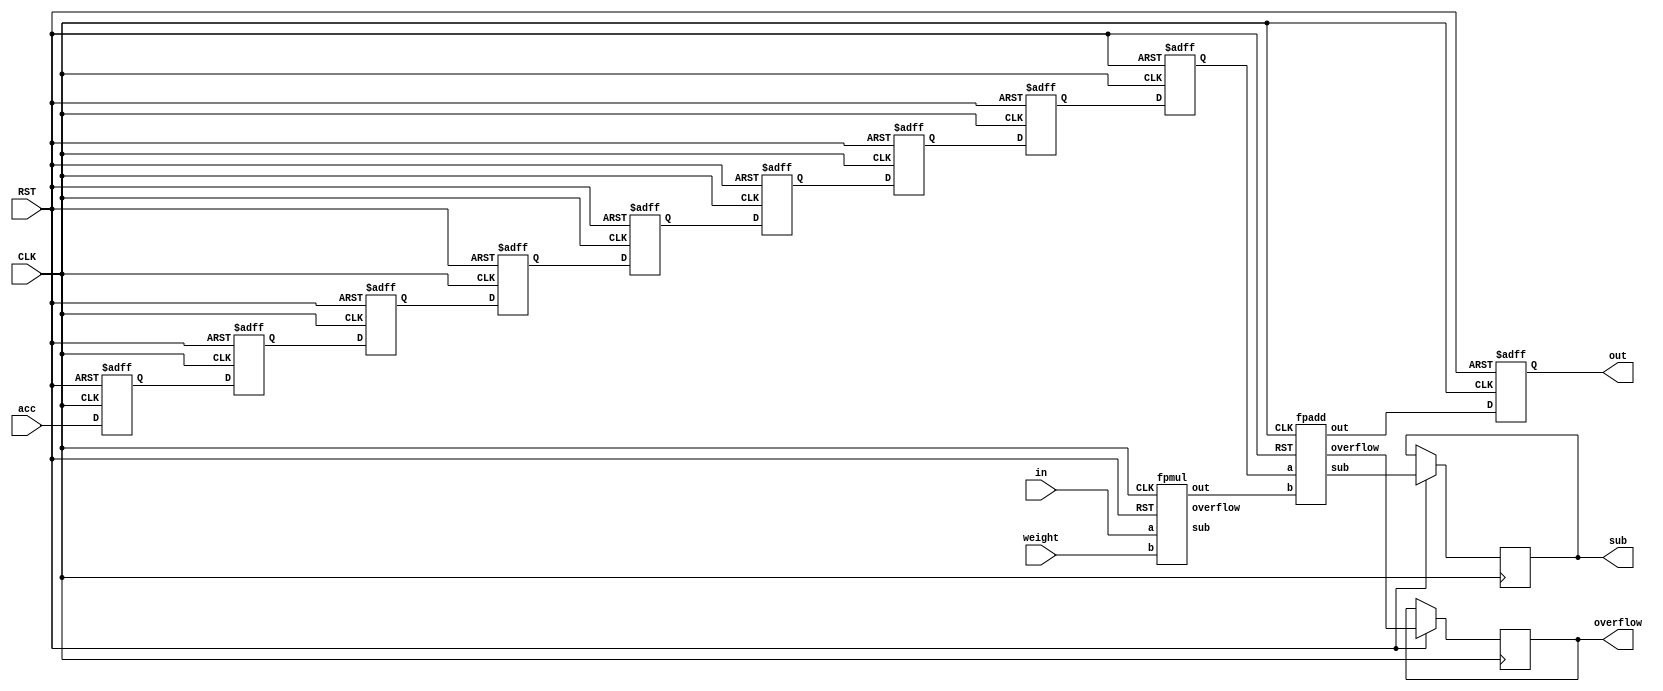
`timescale 1ns / 1ps

module fpmac(in, weight, acc, out, overflow, sub, CLK, RST);
	    input [15:0] in;
		 input [15:0] weight;
		 input [15:0] acc;
		 input CLK,RST;
		 output reg [15:0] out;
		 output reg overflow, sub;
		 
		 wire [15:0] addout;
		 wire [15:0] mulres; 
		 wire muloverflow, addoverflow;
		 wire mulsub, addsub;
		 reg [15:0] accreg[8:0];
		 
		 
		 fpmul a0 (
		.a(in), 
		.b(weight), 
		.out(mulres), 
		.overflow(muloverflow),
		.sub(mulsub),
		.CLK(CLK), 
		.RST(RST));
		
		fpadd a1 (
		.a(accreg[8]), 
		.b(mulres), 
		.out(addout), 
		.overflow(addoverflow),
		.sub(addsub),
		.CLK(CLK), 
		.RST(RST));
		
		
		
		always@(posedge CLK, negedge RST) begin
		if(!RST) begin
			accreg[0] <= 0;
			accreg[1] <= 0;
			accreg[2] <= 0;
			accreg[3] <= 0;
			accreg[4] <= 0;
			accreg[5] <= 0;
			accreg[6] <= 0;
			accreg[7] <= 0;
			accreg[8] <= 0;
			out <= 0;
		end else begin
			accreg[0] <= acc;
			accreg[1] <= accreg[0];
			accreg[2] <= accreg[1];
			accreg[3] <= accreg[2];
			accreg[4] <= accreg[3];
			accreg[5] <= accreg[4];
			accreg[6] <= accreg[5];
			accreg[7] <= accreg[6];
			accreg[8] <= accreg[7];
			out <= addout;
			overflow <= addoverflow;
			sub <= addsub;
		end
	end

endmodule



module fpmul(a,b,out,overflow,sub,CLK,RST
    );
	 input [15:0] a;
	 input [15:0] b;
	 input CLK, RST;
	 
	 output reg [15:0] out;
	 output reg overflow, sub;
	 
	 wire sign;
	 wire [5:0] exp;
	 wire signed  [6:0] exad;
	 wire [9:0] fra;
	 wire azero, bzero;
	 wire [23:0] win;
	 wire [23:0] subwin;
	 wire [5:0] fo;
	 wire [23:0] s;
	 wire signed [6:0] carry;
	 wire signed [6:0] exx;
	 
	 reg signed [6:0] ex[14:0];
	 wire signdelay[14:0];
	 
	 
	 assign sign = a[15] ^ b[15];
	 assign azero = (a[14:10] == 5'b00000) ? 0 : 1;
	 assign bzero = (b[14:10] == 5'b00000) ? 0 : 1;
	 assign exad = ((a[14:10] == 5'b11111) || (b[14:10] == 5'b11111))? (5'b11111) :((a[14:10] == 0) || (b[14:10] == 0)) ?
						(a[14:10] + b[14:10] -5'b01110) : (a[14:10] + b[14:10] -5'b01111);
	 booth_multiplier a1 (.a(a[9:0]),.b(b[9:0]), .azero(azero), .bzero(bzero), .CLK(CLK) , .RST(RST), .s(s));
	 
	 assign fo =    s[23] ? 23 : s[22] ? 22 : s[21] ? 21 :
						 s[20] ? 20 : s[19] ? 19 : s[18] ? 18 :
						 s[17] ? 17 : s[16] ? 16 : s[15] ? 15 :
						 s[14] ? 14 : s[13] ? 13 : s[12] ? 12 :
						 s[11] ? 11 : s[10] ? 10 : s[9] ? 9 :
						 s[8] ? 8 : s[7] ? 7 : s[6] ? 6 :
					    s[5] ? 5 : s[4] ? 4 : s[3] ? 3 :
				   	 s[2] ? 2 : s[1] ? 1 : 0;
	 assign carry = fo-20;
	 assign exx = ex[7] + carry;
	 assign exp = (0 >= exx) ? 5'b00000 : 
					  (exx >= 5'b11111) ? 5'b11111 : exx;
	 assign win = (carry>0) ? s >> carry : s << -(carry);
	 assign subwin = win >> -(exx); 
	 
	 assign fra = (exp == 5'b11111) ? 10'b1111111111:
					  (exp == 5'b00000) ? (subwin[20:11] + ((subwin[10]&&subwin[9])||(subwin[10]&&(subwin[8:0]!=0)))) : 
												 (win[19:10] + ((win[9]&&win[8])||(win[9]&&(win[7:0]!=0))));
	 
	 delay_buffer d1 (sign, signdelay[0], CLK, RST);
	 delay_buffer d15 (signdelay[0], signdelay[1], CLK, RST);
	 delay_buffer d2 (signdelay[1], signdelay[2], CLK, RST);
	 delay_buffer d3 (signdelay[2], signdelay[3], CLK, RST);
	 delay_buffer d4 (signdelay[3], signdelay[4], CLK, RST);
	 delay_buffer d5 (signdelay[4], signdelay[5], CLK, RST);
	 delay_buffer d6(signdelay[5], signdelay[6], CLK, RST);
	 delay_buffer d7 (signdelay[6], signdelay[7], CLK, RST);
	 
	 
	 
	 always @(posedge CLK or negedge RST) begin
		if (!RST) begin
		out <= 0;
		overflow <=0;
		sub <= 0;
		ex[0] <= 0;
		ex[1] <= 0;
		ex[2] <= 0;
		ex[3] <= 0;
		ex[4] <= 0;
		ex[5] <= 0;
		ex[6] <= 0;
		ex[7] <= 0;
		
	end else begin
		out <= {signdelay[7],exp[4:0],fra[9:0]};
		overflow <= (exp == 5'b11111) ? 1 : 0;
		sub <= (exp == 5'b00000) ? 1 :0;	
		ex[0] <= exad;
		ex[1] <= ex[0];
		ex[2] <= ex[1];
		ex[3] <= ex[2];
		ex[4] <= ex[3];
		ex[5] <= ex[4];
		ex[6] <= ex[5];
		ex[7] <= ex[6];
	end
	end

endmodule


module delay_buffer (a, b, CLK, RST);
input a, CLK, RST;
wire a1, a2, a3, a4, a5, a6;

output reg b;

assign a1 = !a;
assign a2 = !a1;
assign a3 = !a2;
assign a4 = !a3;
assign a5 = !a4;
assign a6 = !a5;

always@(posedge CLK, negedge RST) begin
		if(!RST) begin
			b <= 0;
		end else begin
			b <= a6;
		end
	end
	

endmodule
		

module booth_multiplier(a,b, azero, bzero, CLK,RST,s 
    );
	 input [9:0] a;
	 input [9:0] b;
	 input azero, bzero;
	 input CLK, RST;
	 output reg [23:0] s;
	 
	 wire [23:0] aa[6:0];
	 wire [23:0] as[6:0];
	 
	 wire [24:0] partials[6:0];
	 
	 EE a1 (a, b, azero, bzero,CLK, RST, aa[0], as[0], partials[0]);
	 
	 genvar i;
	 generate 	 
		for(i=0; i<6; i=i+1) begin: genblk1
			MM u1 (aa[i], as[i], partials[i], partials[i+1], aa[i+1], as[i+1], CLK, RST);
		end
	endgenerate
	 
		 always@(posedge CLK, negedge RST) begin
		 if(!RST) begin
				s <= 0;
		 end else begin
				s <= (partials[6][24:1]);
		 end
		 end
	endmodule

module MM (aa, as, ap, out, aao, aso, CLK, RST);
		 input [23:0] aa;
		 input [23:0] as;
		 input [24:0] ap;
		 input CLK, RST;
		 
		 reg [24:0] ppp;
		 wire [2:0] CC = ap[2:0];
		 wire [24:0] pp;
		 
		 output reg [24:0] out;
		 output reg [23:0] aao;
		 output reg [23:0] aso;
		 
		 reg [23:0] aa1;
	 
		 reg [23:0] as1;
		 

	
		 always@(*) begin
		 case(CC)
			3'b001:   ppp = {1'b0,aa[23:0]};
			3'b010:   ppp = {1'b0,aa[23:0]};
			3'b011:   ppp = {1'b0,aa[22:0],1'b0};
			3'b100:   ppp = {1'b1,as[22:0],1'b0};
			3'b101:   ppp = {1'b1,as[23:0]};
			3'b110:   ppp = {1'b1,as[23:0]};
			default : ppp = 0;
		 endcase
		 end
		
		 Carry_Ripple_Adder a1 (.a({ap[24],ap[24:1]}), .b(ppp), .ci(1'b0), .Sum(pp), .Cout());
		 
		 always@(posedge CLK, negedge RST) begin
		 if(!RST) begin
				out <= 0;
				aao <= 0;
				aso <= 0;
				
				
		 end else begin
				out[24] <= pp[24];
				out[23:0] <= pp[24:1];
				
				aao <= aa;
				aso <= as;
				
		 end
		 end
		 
endmodule



module EE (a, b, azero, bzero, CLK, RST,  aa, as, ap);
		 input [9:0] a;
    	 input [9:0] b;
		 input azero, bzero;
		 input CLK, RST;
		 
		 wire [23:0] aaa; 
		 wire [23:0] aas;
		 wire [24:0] aap;
		 
		 assign aaa[23] = 1'b0;
		 assign aaa[22] = azero;
		 assign aaa[21:12] = a[9:0];
		 assign aaa[11: 0] = 12'b0;
		 
		 assign aas[23:12] = (~{1'b0,azero,a[9:0]}+1);
		 assign aas[11: 0] = 12'b0;
		 
    	 assign aap[24:12] = 12'b0;
		 assign aap[11] = bzero;
		 assign aap[10: 1] = b[9:0];
		 assign aap[0] = 0;
		 
		 output reg [23:0] aa;
		 output reg [23:0] as;
		 output reg [24:0] ap;

		 
		 always@(posedge CLK, negedge RST) begin
				if(!RST) begin
							aa <= 0;
							as <= 0;
							ap <= 0;
				end
		 else begin
							aa <= aaa;
							as <= aas;
							ap <= aap;
				end
		 end
		 
endmodule

module Carry_Ripple_Adder(a, b, ci, Sum, Cout);
	
	input 		[25:1] 	a;
	input 		[25:1] 	b;
	input 			ci;
	output 	[25:1] 	Sum;
	output  		Cout;
	
	
	
	wire [25:0] G;
	wire [25:0] P;
	wire [25:0] GG;
	wire [25:1] S;
	
	assign G[0] = ci;
	assign P[0] = 0;
	assign G[25:1] = a & b;
	assign P[25:1] = a ^ b;

	
	assign GG[0] = G[0];
	G_Cell U0(G[0], G[1], P[1], GG[1]);
	
	genvar i;
	generate
		for(i=1; i<25; i=i+1) begin: loop_1
					G_Cell U1(GG[i], G[i+1], P[i+1], GG[i+1]);
		end
	endgenerate
	
	genvar j;
	generate
		for(j=1; j<=25; j=j+1) begin: loop_2
			assign S[j] = P[j] ^ GG[j-1];
		end
	endgenerate
	
	assign Cout = GG[25];
	assign Sum = S;
	
endmodule

module G_Cell(G0, G1, P1, GG);
	input G0;
	input G1;
	input P1;
	output GG;
	
	assign GG = G1 | (P1 & G0);
endmodule




module fpadd(a,b,out,overflow,sub,CLK,RST);
	 input [15:0] a;
	 input [15:0] b;
	 input CLK, RST;
	 
	 wire [13:0] shiftedA;
	 wire [13:0] shiftedB;
	 wire [13:0] shiftedAA;
	 wire [13:0] shiftedBB;
	 wire [13:0] Sum;
	 wire [9:0] fra1;
	 wire [9:0] fra2;
	 wire [4:0] exp;
	 wire [4:0] shift;
	 wire sign;
	 wire subt;
	 wire [3:0] sumshift; 
	 
	 reg [13:0] aareg;
	 reg [13:0] bbreg;
	 reg [4:0] exa, exb;
	 reg subt2;
	 reg sign2;
	 
	 output reg [15:0] out;
	 output reg overflow, sub;
	 
	 assign sign = ((a[15] == 1) && (b[15] ==1)) ? 1 :
						((a[15] == 0) && (b[15] ==0))	? 0 :
						(a[14:10] > b[14:10]) ? a[15] :
						(b[14:10] > a[14:10]) ? b[15] :
						(a[9:0] > b[9:0]) ? a[15] :
						(b[9:0] > a[9:0]) ? b[15] : 0;
	 assign subt = a[15] ^ b[15];
	 assign shift[4:0] = (a[14:10] > b[14:10]) ? (a[14:10] - (b[14:10]==5'b00000 ? 5'b00001 :b[14:10])) : 
								(b[14:10] - (a[14:10]==5'b00000 ? 5'b00001 :a[14:10]));
	 assign shiftedA[13:12] = (a[14:10] == 5'b0) ? 2'b00 : 2'b01;
	 assign shiftedB[13:12] = (b[14:10] == 5'b0) ? 2'b00 : 2'b01;
	 assign shiftedA[11:2] = a[9:0];
	 assign shiftedB[11:2] = b[9:0];
	 assign shiftedA[1:0] = 2'b00;
	 assign shiftedB[1:0] = 2'b00;
	 assign shiftedAA[13:0] = (a[14:10] < b[14:10]) ? (shiftedA >> shift) : shiftedA;
	 assign shiftedBB[13:0] = (a[14:10] > b[14:10]) ? (shiftedB >> shift) : shiftedB;
	 
	 assign Sum = subt2 ? ((aareg > bbreg) ? (aareg - bbreg) : (bbreg-aareg)) : (aareg+bbreg); 
	 
	 assign sumshift = Sum[13] ? 13 : 
							 Sum[12] ? 12 :
							 Sum[11] ? 11 :
							 Sum[10] ?  10 :
							 Sum[9] ? 9 :
							 Sum[8] ? 8 :
							 Sum[7] ? 7 :
							 Sum[6] ? 6 :
							 Sum[5] ? 5 :
							 Sum[4] ? 4 :
							 Sum[3] ? 3 :
							 Sum[2] ? 2 :
							 Sum[1] ? 1 : 0;
	 
	 assign fra1[9:0] =sumshift == 13 ? (Sum[12:3] + (Sum[2]&&Sum[1])) : 
							 sumshift == 12 ? (Sum[11:2] + (Sum[1]&&Sum[0])) :
							 sumshift == 11 ? (Sum[10:1] + Sum[0]) :
							 sumshift == 10 ?  Sum[9:0] :
							 sumshift == 9 ? {Sum[8:0],1'b0} :
							 sumshift == 8 ? {Sum[7:0],2'b00} :
							 sumshift == 7 ? {Sum[6:0],3'b000} :
							 sumshift == 6 ? {Sum[5:0],4'b0000} :
							 sumshift == 5 ? {Sum[4:0],5'b00000} :
							 sumshift == 4 ? {Sum[3:0],6'b000000} :
							 sumshift == 3 ? {Sum[2:0],7'b0000000} :
							 sumshift == 2 ? {Sum[1:0],8'b00000000} :
							 sumshift == 1 ? {Sum[0],  9'b000000000} : 10'b0000000000;
	 wire signed [5:0] seea;
	 assign seea = exa + sumshift -4'd12;
	 wire signed[5:0] seeb;
	 assign seeb = exb + sumshift -4'd12;
	 assign exp = (exa >= exb) ? ((!seea[5])? (seea[4:0]) : 5'b00000): 
						((!seeb[5])? (seeb[4:0]) : 5'b00000);
						
						
	 assign fra2[8:0] = (exa >= exb) ? ((seea[5])? 
	                    (fra1 >> (-seea)): fra1[8:0]) : ((seeb[5])? 
	                    (fra1 >> (-seeb)): fra1[8:0]);
	 assign fra2[9] =  (exa >= exb) ? ((seea[5])? 
	                    (Sum[sumshift]): fra1[9]) : ((seeb[5])? 
	                    (Sum[sumshift]): fra1[9]);
	 
	 always @(posedge CLK or negedge RST) begin
		if (!RST) begin
		out <= 0;
		sub <= 0;
		overflow <=0;
	end else begin
		out <= ((exa == 5'b11111) || (exb == 5'b11111)) ? 16'b1111110000000000 :(exp == 5'b11111) ? 16'b1111110000000000 : {sign2,exp[4:0],fra2[9:0]};
		overflow <= ((exa == 5'b11111) || (exb == 5'b11111)) ? 1 :(exp == 5'b11111) ? 1 : 0;
		sub <= ((exa == 5'b11111) || (exb == 5'b11111)) ? 0 :(exp == 5'b11111) ? 0 :(exp == 5'b00000) ? 1 :0;	 	 
		subt2 <= subt;
		sign2 <= sign;
		exa <= a[14:10];		
		exb <= b[14:10];
		aareg <= shiftedAA;
		bbreg <= shiftedBB;
	end
	end


endmodule